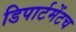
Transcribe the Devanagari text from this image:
डिपार्टमेंटच